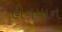
હીનયાન